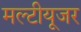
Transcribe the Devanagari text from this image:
मल्टीयूजर